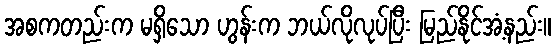
အစကတည်းက မရှိသော ဟွန်းက ဘယ်လိုလုပ်ပြီး မြည်နိုင်အံ့နည်း။